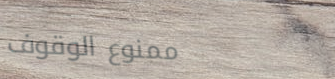
ممنوع الوقوف